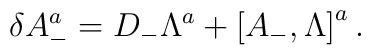
\delta A_{-}^{a}  =  D_- \Lambda^{a} +\left[ A_- ,\Lambda \right]^a .